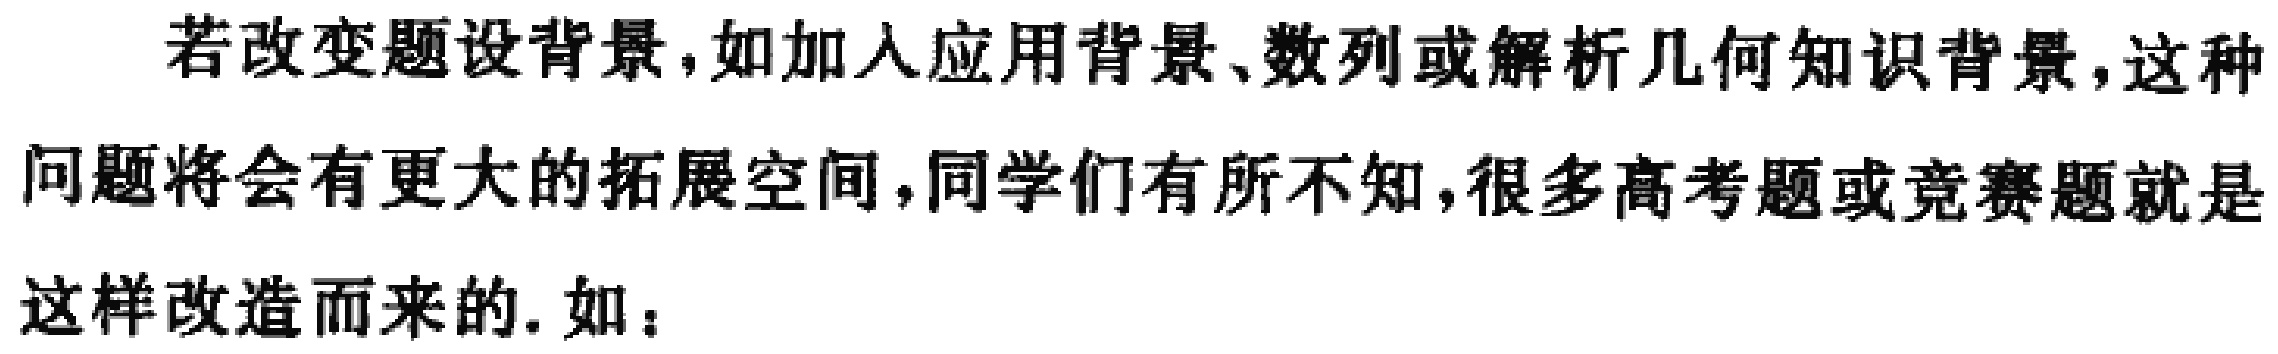
若改变题设背景，如加入应用背景、数列或解析几何知识背景，这种问题将会有更大的拓展空间，同学们有所不知，很多高考题或竞赛题就是这样改造而来的. 如：